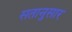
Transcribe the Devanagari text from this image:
सतानुसार